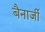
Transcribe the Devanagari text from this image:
बैनार्जी